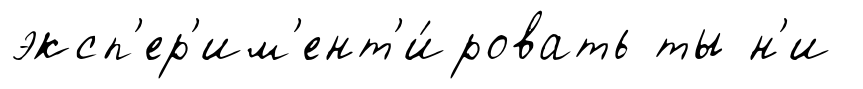
эксп'ер'им'ент'и́ровать ты н'и